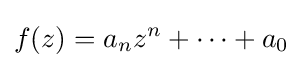
f(z)=a_{n}z^{n}+\cdots +a_{0}